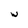
Character: w